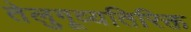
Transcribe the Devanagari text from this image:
तेलुगूव्यतिरिक्त